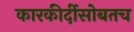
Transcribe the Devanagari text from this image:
कारकीर्दीसोबतच